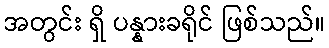
အတွင်း ရှိ ပန္နားခရိုင် ဖြစ်သည်။